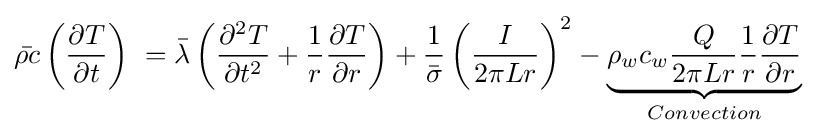
{\bar {\rho \,\!c}}\left({\frac {\partial T}{\partial t}}\right)\ ={\bar {\lambda }}\left({\frac {\partial ^{2}T}{\partial t^{2}}}+{\frac {1}{r}}{\frac {\partial T}{\partial r}}\right)+{\frac {1}{\bar {\sigma }}}\left({\frac {I}{2{\pi }Lr}}\right)^{2}-\underbrace {\rho _{w}\,\!c_{w}{\frac {Q}{2{\pi }Lr}}{\frac {1}{r}}{\frac {\partial T}{\partial r}}} _{Convection}